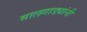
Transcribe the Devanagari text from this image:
मालगाड्यांनी